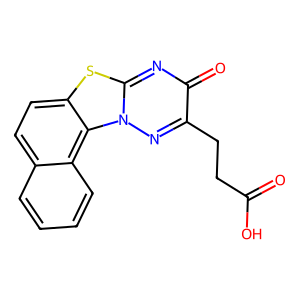
SMILES: O=C(O)CCc1nn2c(nc1=O)sc1ccc3ccccc3c12
Inhibits HIV replication: No